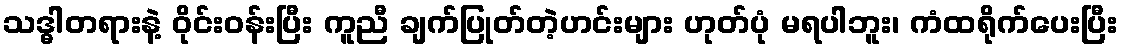
သဒ္ဓါတရားနဲ့ ဝိုင်းဝန်းပြီး ကူညီ ချက်ပြုတ်တဲ့ဟင်းများ ဟုတ်ပုံ မရပါဘူး၊ ကံထရိုက်ပေးပြီး